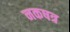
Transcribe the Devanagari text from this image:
नकषत्र